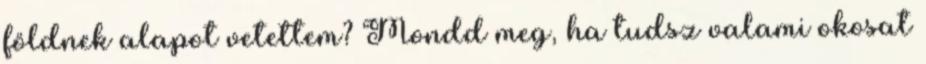
földnek alapot vetettem? Mondd meg, ha tudsz valami okosat